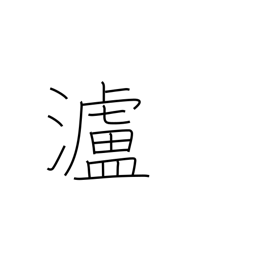
Meaning: name of river in China